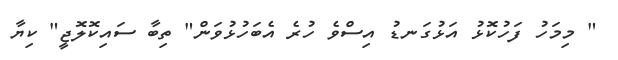
" މިމަހު ފަހުކޮޅު އަޅުގަނޑު އިސްވެ ހުރެ އެބަހުޅުވަން" ތިބާ ސައިކޮލޮޖީ" ކިޔާ